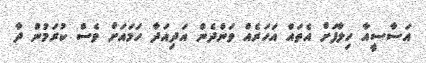
އަސާސީއާ ހިލާފަށް އެތައް އަހަރެއް ވަންދެން އަދިއަދާ ހަމައަށް ވެސް ކުރަމުން ދާ